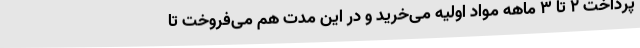
پرداخت ۲ تا ۳ ماهه مواد اولیه می‌خرید و در این مدت هم می‌‌فروخت تا